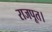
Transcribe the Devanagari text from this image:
राजपूत।